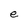
Character: e